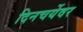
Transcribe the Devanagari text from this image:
दिनचर्येवर